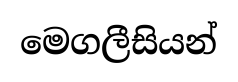
මෙගලීසියන්